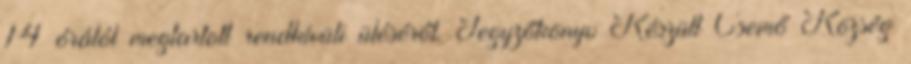
14 órától megtartott rendkívüli üléséről. Jegyzőkönyv Készült Csemő Község